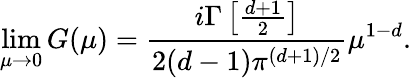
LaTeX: \operatorname*{lim}_{\mu\to 0}G(\mu)=\frac{i\Gamma\left[\frac{d+1}{2}\right]}{2(d-1)\pi^{(d+1)/2}}\mu^{1-d}.